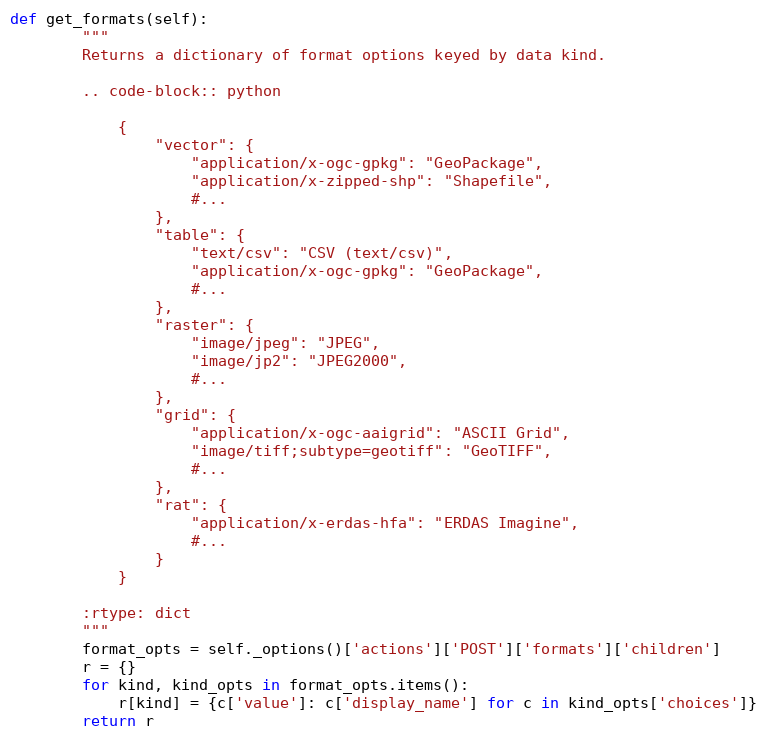
Language: Python
def get_formats(self):
        """
        Returns a dictionary of format options keyed by data kind.

        .. code-block:: python

            {
                "vector": {
                    "application/x-ogc-gpkg": "GeoPackage",
                    "application/x-zipped-shp": "Shapefile",
                    #...
                },
                "table": {
                    "text/csv": "CSV (text/csv)",
                    "application/x-ogc-gpkg": "GeoPackage",
                    #...
                },
                "raster": {
                    "image/jpeg": "JPEG",
                    "image/jp2": "JPEG2000",
                    #...
                },
                "grid": {
                    "application/x-ogc-aaigrid": "ASCII Grid",
                    "image/tiff;subtype=geotiff": "GeoTIFF",
                    #...
                },
                "rat": {
                    "application/x-erdas-hfa": "ERDAS Imagine",
                    #...
                }
            }

        :rtype: dict
        """
        format_opts = self._options()['actions']['POST']['formats']['children']
        r = {}
        for kind, kind_opts in format_opts.items():
            r[kind] = {c['value']: c['display_name'] for c in kind_opts['choices']}
        return r